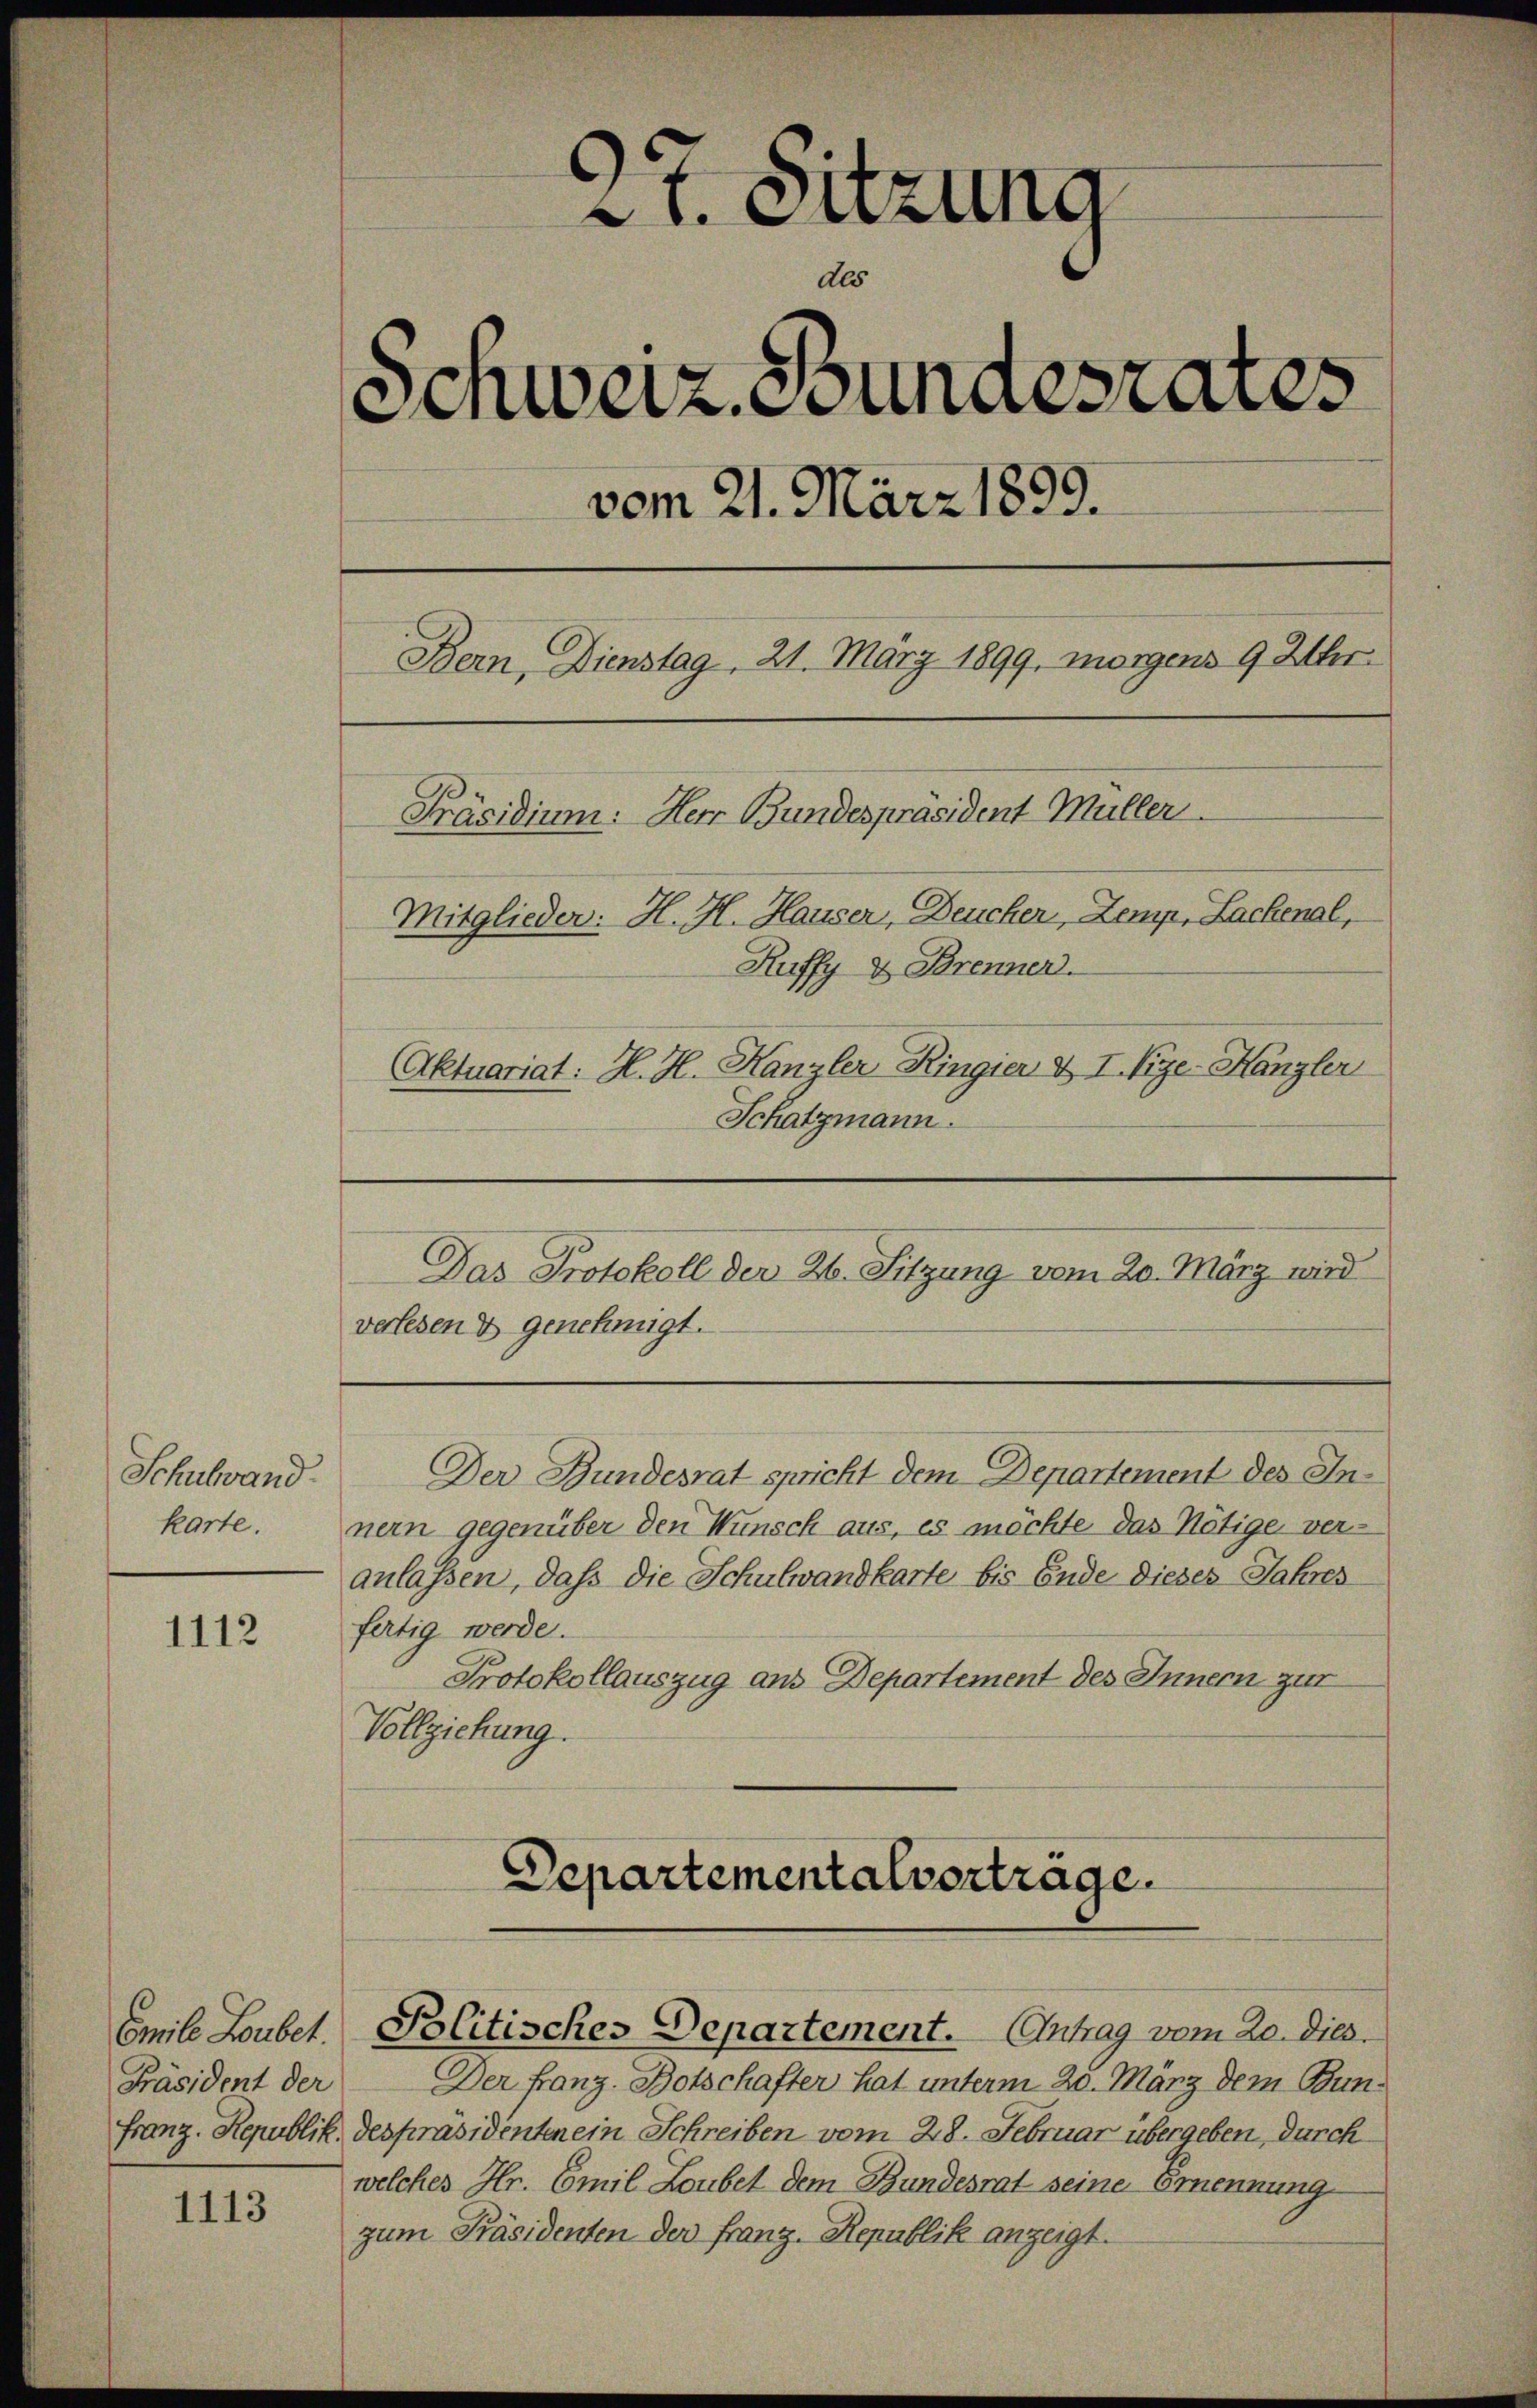
Schuland.
karte.

1112

Präsident der

1113

2t. Sitzung
dls
Schweiz. Stundesrates
vom 21. März 1899.
Bern, Dienstag, 21. März 1899. morgens 9 Uhr
Präsidium. Herr Bundespräsident Müller
Mitglieder: H. H. Hauser, Deucher, Zemp, Lachenal,
Ruffy & Brenner.
Aktuariat: H. H. Kanzler Ringier & I. Vize-Kanzler
Schatzmann.

Der Bundesrat spricht dem Departement des Innern gegenüber den Wunsch aus, es möchte das Nötige ver-
anlassen, daß die Schulwandkarte bis Ende dieses Jahres
fertig werde.
Protokollauszug aus Departement des Innern zur
Vollziehung.

Das Protokoll der 26. Sitzung vom 20. März wird
verlesen & genehmigt.

Departementalverträge.

Emile Loubet Politisches Departement. Antrag vom 20. Dies

Der Franz. Botschafter hat unterm 20. März dem Bun¬
Franz. Republik despräsidenten ein Schreiben vom 28. Februar übergeben, durch
welches Hr. Emil Loubet dem Bundesrat seine Ernennung
zum Präsidenten der Franz. Republik anzeigt.